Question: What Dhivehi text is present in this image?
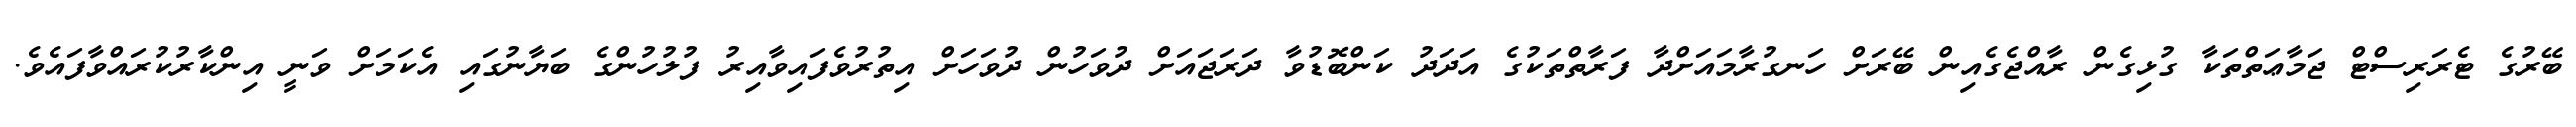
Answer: ބޭރުގެ ޓެރަރިސްޓް ޖަމާޢަތްތަކާ ގުޅިގެން ރާއްޖެގެއިން ބޭރަށް ހަނގުރާމައަށްދާ ފަރާތްތަކުގެ އަދަދު ކަންބޮޑުވާ ދަރަޖައަށް ދުވަހުން ދުވަހަށް އިތުރުވެފައިވާއިރު ފުލުހުންގެ ބަޔާނުގައި އެކަމަށް ވަނީ އިންކާރުކުރައްވާފައެވެ.